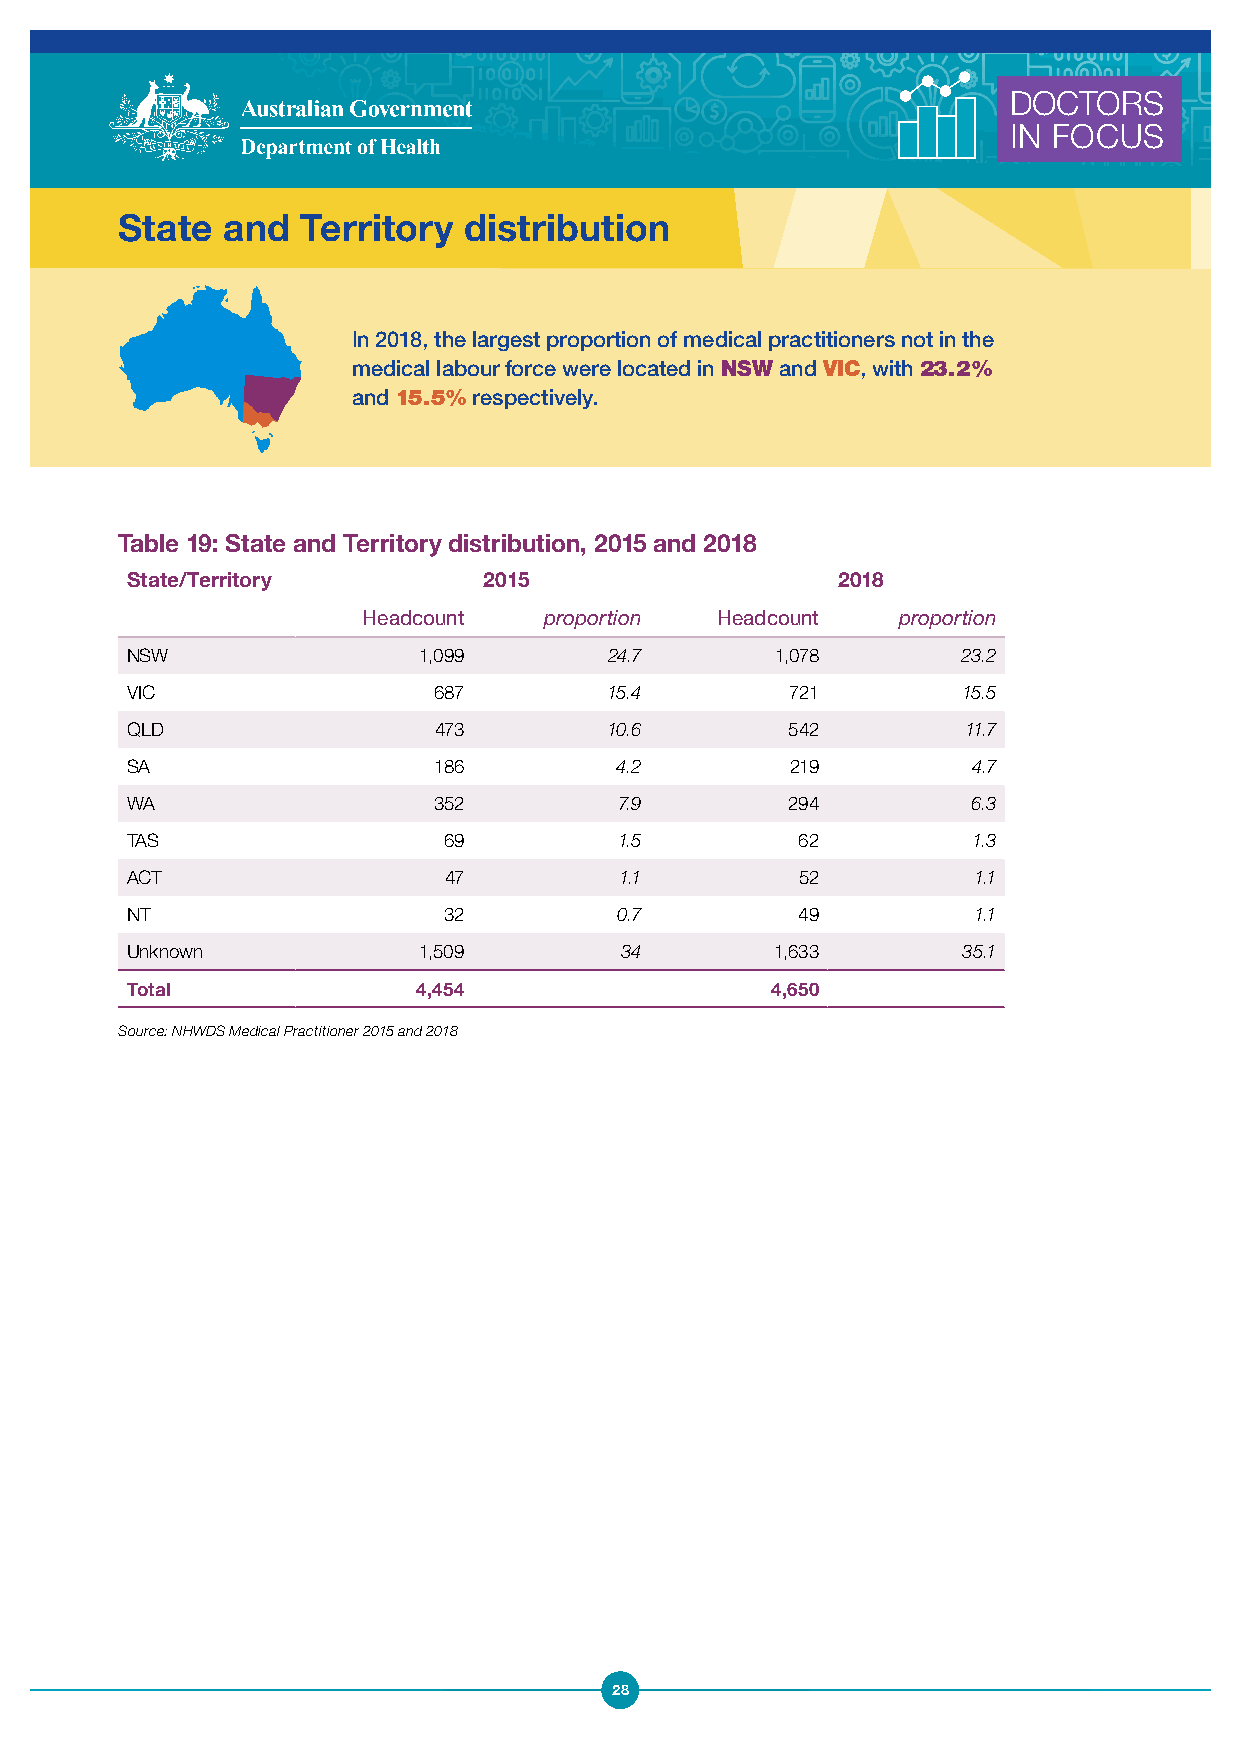
DOCTORS
 IN FOCUS
 State  and  Territory  distribution
 In 2018, the largest proportion of medical practitioners not in the
 medical labour force were located in NSW and VIC, with 23.2%
 and 15.5% respectively.
 Table 19: State and Territory distribution, 2015 and 2018
 State/Territory         2015                   2018
 Headcount   proportion Headcount   proportion
 NSW                 1,099       24.7       1,078        23.2
 VIC                  687        15.4        721         15.5
 QLD                  473        10.6        542         11.7
 SA                   186         4.2        219         4.7
 WA                   352         7.9        294         6.3
 TAS                  69          1.5         62         1.3
 ACT                  47          1.1         52         1.1
 NT                   32          0.7         49         1.1
 Unknown             1,509        34        1,633        35.1
 Total               4,454                  4,650
 Source: NHWDS Medical Practitioner 2015 and 2018
 28